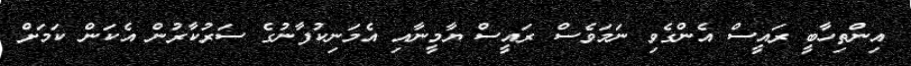
އިންތިހާބީ ރައީސް އެންގެވި ނަމަވެސް ރައީސް ޔާމީނާއި އެމަނިކުފާނުގެ ސަރުކާރުން އެކަން ކަމަށް